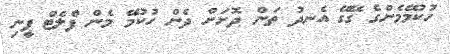
ހުކުމޭމެންގެ ގޭގޭ އެނދު ތަން ދޮށަށް ދެން ހުކުމޭ މެން ފްލެޓް ފީނި